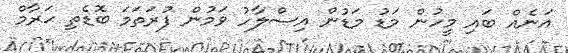
އަނެއް ބައި މީހުން މަޑު މަޑުން އިސްލާހު ވަމުން ފުރަތަމަ ބޮޑެތި ޙަރާމް